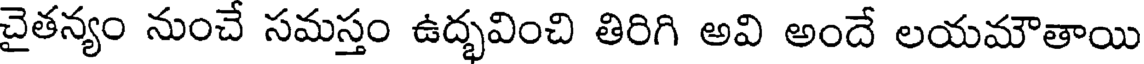
చైతన్యం నుంచే సమస్తం ఉద్భవించి తిరిగి అవి అందే లయమౌతాయి